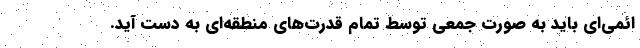
ائمی‌ای باید به صورت جمعی توسط تمام قدرت‌های منطقه‌ای به دست آید.